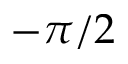
- \pi / 2